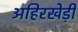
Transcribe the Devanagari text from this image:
अहिरखेड़ी